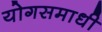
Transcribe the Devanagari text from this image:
योगसमाधी